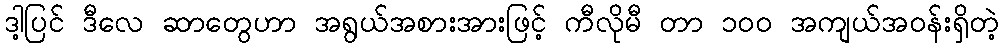
ဒါ့ပြင် ဒီလေ ဆာတွေဟာ အရွယ်အစားအားဖြင့် ကီလိုမီ တာ ၁ဝဝ အကျယ်အဝန်းရှိတဲ့